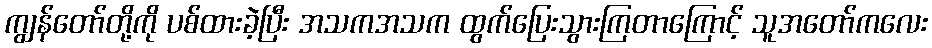
ကျွန်တော်တို့ကို ပစ်ထားခဲ့ပြီး အသကအသက ထွက်ပြေးသွားကြတာကြောင့် သူအတော်ကလေး